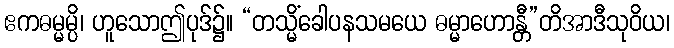
ဧကဓမ္မမ္ပိ၊ ဟူသောဤပုဒ်၌။ “တသ္မိံခေါပနသမယေ ဓမ္မာဟောန္တီ”တိအာဒီသုဝိယ၊